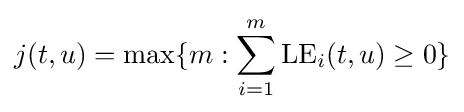
j(t,u)=\max\{m:\sum _{i=1}^{m}{\rm {LE}}_{i}(t,u)\geq 0\}